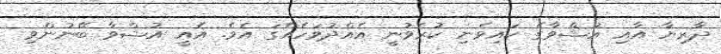
ދާރިޔާ އާއި އުޝްވާގެ ކައިވެނި ކުރެވުނީ އެއްދުވަހެއްގަ އެވެ. އެއީ އުޝްވާ ބޭނުންވި